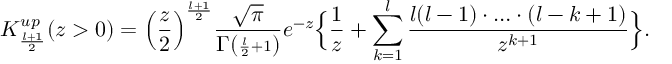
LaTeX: K _ { \frac { l + 1 } { 2 } } ^ { u p } ( z > 0 ) = \Big ( \frac { z } { 2 } { \Big ) } ^ { \frac { l + 1 } { 2 } } \frac { \sqrt { \pi } } { \Gamma ( { \scriptstyle \frac { l } { 2 } + 1 } ) } e ^ { - z } \Big \{ \frac { 1 } { z } + \sum _ { k = 1 } ^ { l } \frac { l ( l - 1 ) \cdot \ldots \cdot ( l - k + 1 ) } { z ^ { k + 1 } } \Big \} .